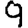
Digit: 9